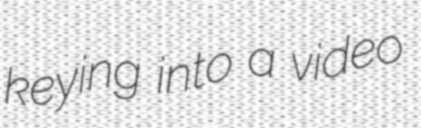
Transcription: keying into a video